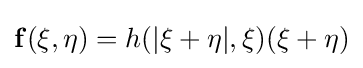
{\bf {f}}({\bf {\xi }},{\bf {\eta }})=h(|{\bf {\xi }}+{\bf {\eta }}|,{\bf {\xi }})({\bf {\xi }}+{\bf {\eta }})